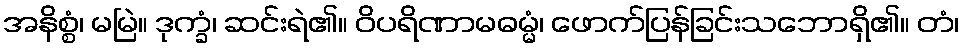
အနိစ္စံ၊ မမြဲ။ ဒုက္ခံ၊ ဆင်းရဲ၏။ ဝိပရိဏာမဓမ္မံ၊ ဖောက်ပြန်ခြင်းသဘောရှိ၏။ တံ၊